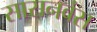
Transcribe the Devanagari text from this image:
सासनवंस